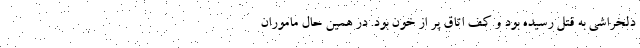
دلخراشی به قتل رسیده بود و کف اتاق پر از خون بود. در همین حال ماموران